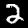
Digit: 2